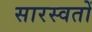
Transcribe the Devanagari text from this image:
सारस्वतों